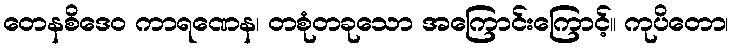
တေနစိဒေဝ ကာရဏေန၊ တစုံတခုသော အကြောင်းကြောင့်။ ကုပိတော၊